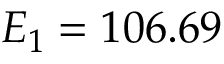
E _ { 1 } = 1 0 6 . 6 9